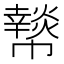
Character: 𢅲